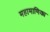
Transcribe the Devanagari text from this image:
महामाणिक्य